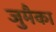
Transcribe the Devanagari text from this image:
जुमैका